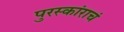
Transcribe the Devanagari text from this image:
पुरस्कांराचं